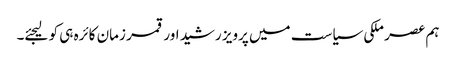
ہم عصر ملکی سیاست میں پرویز رشید اور قمر زمان کائرہ ہی کو لیجئے۔